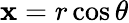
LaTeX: \mathbf{x}=r\cos\theta